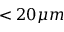
< 2 0 \mu m